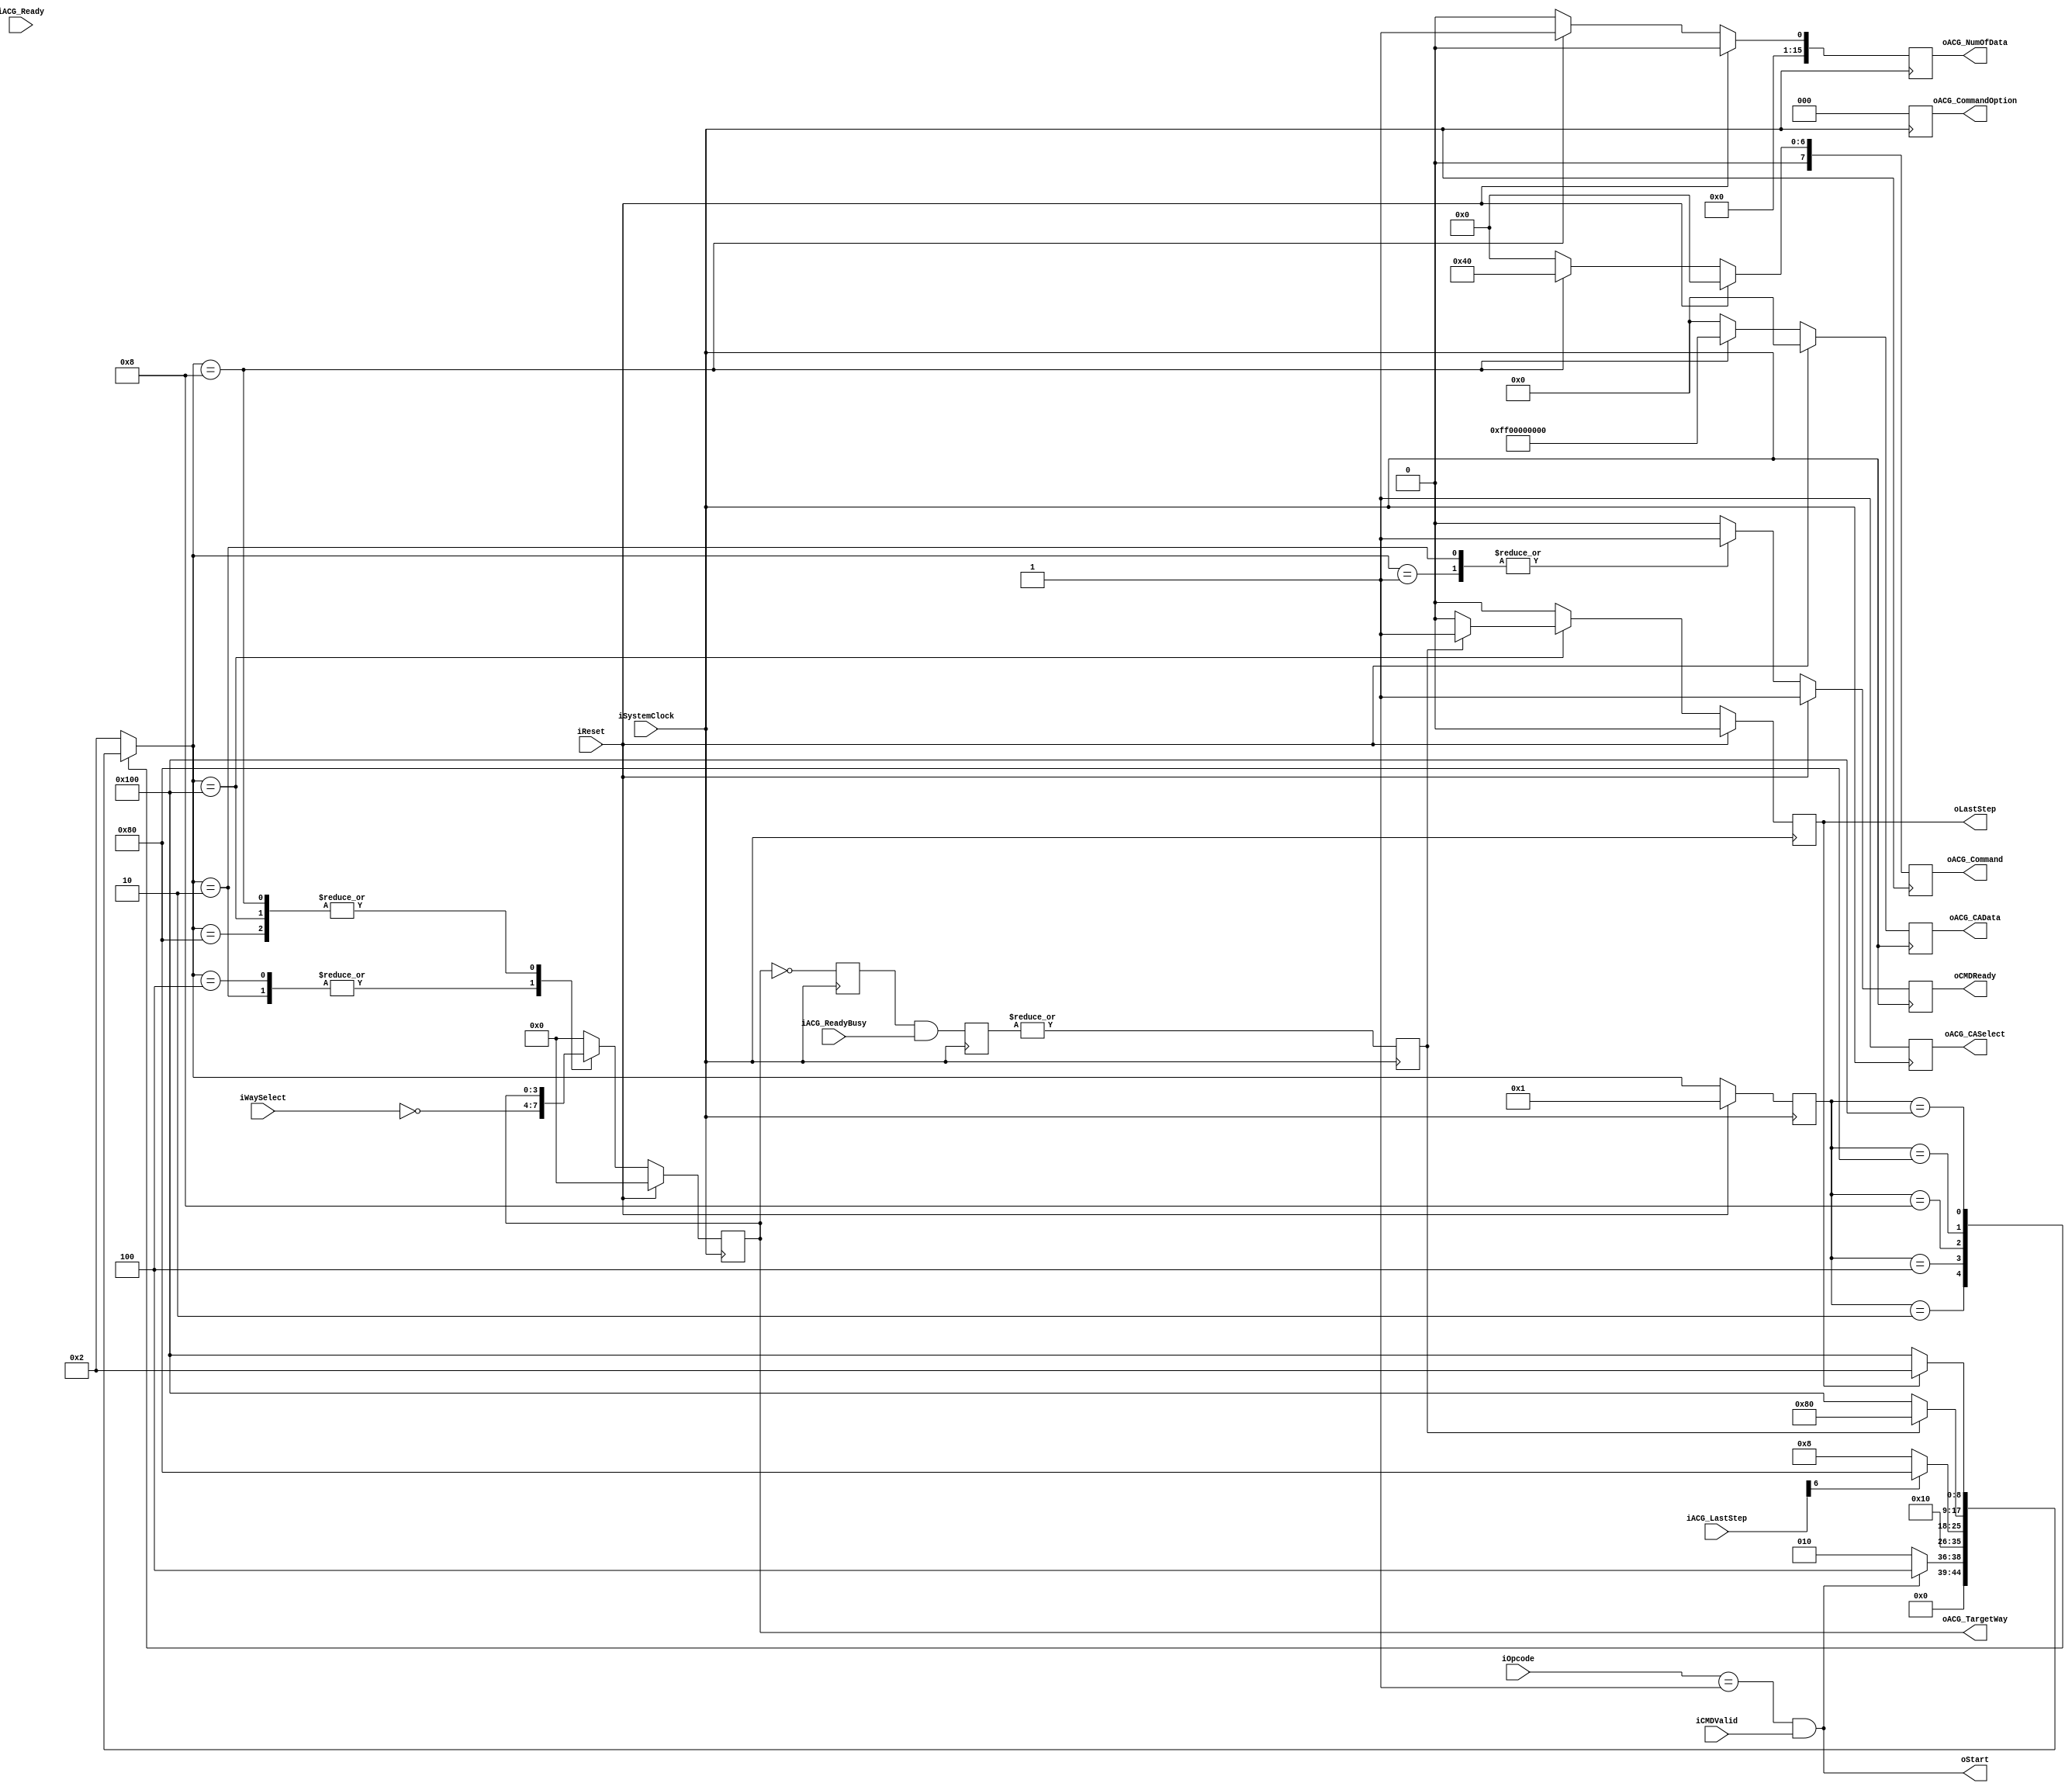
`timescale 1ns / 1ps

module NFC_Command_Reset
#
(
    parameter NumberOfWays    =   4,
    parameter CommandID       =   6'b000001,
    parameter TargetID        =   5'b00101
)
(
	iSystemClock             ,  
	iReset                   ,  

	iOpcode                  ,  
	// iTargetID                ,  
	// iSourceID                ,  
	// iAddress                 ,  
	// iLength                  ,  
	iCMDValid                ,  
	oCMDReady                ,  
    iWaySelect               ,

    oStart                   ,
    oLastStep                ,

	// iWriteData               ,  
	// iWriteLast               ,  
	// iWriteValid              ,  
	// oWriteReady              ,  

	// oReadData                ,  
	// oReadLast                ,  
	// oReadValid               ,  
	// iReadReady               , 

	// oReadyBusy               ,  

    oACG_Command          ,  
    oACG_CommandOption    ,  

    iACG_Ready            ,  
    iACG_LastStep         ,  
    oACG_TargetWay        ,  
    oACG_NumOfData        ,  

    oACG_CASelect         ,  
    oACG_CAData           ,  

    // oACG_WriteData        ,  
    // oACG_WriteLast        ,  
    // oACG_WriteValid       ,  
    // iACG_WriteReady       ,  

    // iACG_ReadData         ,  
    // iACG_ReadLast         ,  
    // iACG_ReadValid        ,  
    // oACG_ReadReady        ,  

    iACG_ReadyBusy        
);


    input                           iSystemClock         ;
    input                           iReset               ;
 
    input   [5:0]                   iOpcode              ;
    // input   [4:0]                   iTargetID            ;
    // input   [4:0]                   iSourceID            ;
    // input   [31:0]                  iAddress             ;
    // input   [15:0]                  iLength              ;
    input                           iCMDValid            ;
    output                          oCMDReady            ;

    input   [NumberOfWays - 1:0]    iWaySelect           ;
    output                          oStart               ;
    output                          oLastStep            ;

    // input   [31:0]                  iWriteData           ;
    // input                           iWriteLast           ;
    // input                           iWriteValid          ;
    // output                          oWriteReady          ;

    // output  [31:0]                  oReadData            ;
    // output                          oReadLast            ;
    // output                          oReadValid           ;
    // input                           iReadReady           ;

    // output  [NumberOfWays - 1:0]    oReadyBusy           ;


    output   [7:0]                   oACG_Command             ;
    output   [2:0]                   oACG_CommandOption       ;

    input    [7:0]                   iACG_Ready               ;
    input    [7:0]                   iACG_LastStep            ;
    output   [NumberOfWays - 1:0]    oACG_TargetWay           ;
    output   [15:0]                  oACG_NumOfData           ;

    output                           oACG_CASelect            ;
    output   [39:0]                  oACG_CAData              ;

    // output   [15:0]                  oACG_WriteData           ;
    // output                           oACG_WriteLast           ;
    // output                           oACG_WriteValid          ;
    // input                            iACG_WriteReady          ;
  
    // input    [15:0]                  iACG_ReadData            ;
    // input                            iACG_ReadLast            ;
    // input                            iACG_ReadValid           ;
    // output                           oACG_ReadReady           ;

    input    [NumberOfWays - 1:0]    iACG_ReadyBusy           ;

    // reg                           rStart             ;
    reg                           rLastStep          ;

    reg                           rCMDReady          ;  
    // reg  [NumberOfWays - 1:0]     rReadyBusy     

    reg   [7:0]                   rACG_Command       ;      
    reg   [2:0]                   rACG_CommandOption ;      
    reg   [NumberOfWays - 1:0]    rACG_TargetWay     ;      
    reg   [15:0]                  rACG_NumOfData     ;      
    reg                           rACG_CASelect      ;      
    reg   [39:0]                  rACG_CAData        ;   

    reg   [NumberOfWays - 1:0]    rACG_ReadyBusy     ;
    reg                           rWay_ReadyBusy     ;

    wire                          wLastStep          ;
    // FSM Parameters/Wires/Regs
    localparam rST_FSM_BIT    = 9;
    localparam rST_RESET      = 9'b00000_0001;
    localparam rST_READY      = 9'b00000_0010; //
    localparam rST_CMDLatch   = 9'b00000_0100; // 
    localparam rST_CMDIssue   = 9'b00000_1000; // 
    localparam rST_ADDRIssue  = 9'b00001_0000; // 
    localparam rST_DATAIssue  = 9'b00010_0000; // 
    localparam rST_CMD2Issue  = 9'b00100_0000; // 
    localparam rST_WaitRBLow  = 9'b01000_0000; // 
    localparam rST_WaitRBHigh = 9'b10000_0000; // 

    reg     [rST_FSM_BIT-1:0]       rST_cur_state          ;
    reg     [rST_FSM_BIT-1:0]       rST_nxt_state          ;


    assign wStart    = (iOpcode[5:0] == CommandID) & iCMDValid;
    
    assign wACGReady  = (iACG_Ready[6:0] == 7'b111_1111);
    
    assign wACAReady = wACGReady;
    assign wACAStart = wACAReady & rACG_Command[6];
    assign wACADone  = iACG_LastStep[6];

    assign wACSReady = wACGReady;
    assign wACSStart = wACSReady & rACG_Command[3];
    assign wACSDone  = iACG_LastStep[3];

    // update current state to next state
    always @ (posedge iSystemClock) begin
        if (iReset) begin
            rST_cur_state <= rST_RESET;
        end else begin
            rST_cur_state <= rST_nxt_state;
        end
    end
    
    // deside next state
    always @ ( * ) begin
        case (rST_cur_state)
            rST_RESET: begin
                rST_nxt_state <= rST_READY;
            end
            rST_READY: begin
                rST_nxt_state <= (wStart)? rST_CMDLatch : rST_READY;
            end
            rST_CMDLatch: begin
                rST_nxt_state <= rST_CMDIssue;
            end
            rST_CMDIssue: begin
                rST_nxt_state <= (wACADone) ? rST_WaitRBLow : rST_CMDIssue;
            end
            // rST_WaitLast: begin
            //     rST_nxt_state <= (wACADone) ? rST_WaitRBLow : rST_WaitLast; // 50ns
            // end
            rST_WaitRBLow: begin
                rST_nxt_state <= (rWay_ReadyBusy == 0) ? rST_WaitRBHigh : rST_WaitRBLow; // wait for Valid
            end
            rST_WaitRBHigh: begin
                rST_nxt_state <= (rLastStep == 1) ? rST_READY : rST_WaitRBHigh; // wait for Valid
            end
            default:
                rST_nxt_state <= rST_READY;
        endcase
    end

    // state behaviour
    always @ (posedge iSystemClock) begin
        if (iReset) begin
            rCMDReady          <= 1;
            rLastStep          <= 0;

            rACG_Command       <= 8'b0000_0000;
            rACG_CommandOption <= 3'b000;
            rACG_TargetWay     <= 8'h00;
            rACG_NumOfData     <= 16'h0000;
            rACG_CASelect      <= 1'b1;
            rACG_CAData        <= 40'h00_00_00_00_00;
        end else begin
            case (rST_nxt_state)
                rST_RESET: begin
                    rCMDReady          <= 1;
                    rLastStep          <= 0;

                    rACG_Command       <= 8'b0000_0000;
                    rACG_CommandOption <= 3'b000;
                    rACG_TargetWay     <= 8'h00;
                    rACG_NumOfData     <= 16'h0000;
                    rACG_CASelect      <= 1'b1;
                    rACG_CAData        <= 40'h00_00_00_00_00;
                end
                rST_READY: begin
                    rCMDReady          <= 1;
                    rLastStep          <= 0;

                    rACG_Command       <= 8'b0000_0000;
                    rACG_CommandOption <= 3'b000;
                    rACG_TargetWay     <= ~iWaySelect;
                    rACG_NumOfData     <= 16'h0000;
                    rACG_CASelect      <= 1'b1;
                    rACG_CAData        <= 40'h00_00_00_00_00;
                end
                rST_CMDLatch: begin
                    rCMDReady          <= 0;
                    rLastStep          <= 0;
                    // rAddress           <= iAddress ;
                    // rLength            <= iLength  ;
                    // rTargetID          <= iTargetID;

                    rACG_Command       <= 8'b0000_0000;
                    rACG_CommandOption <= 3'b000;
                    rACG_TargetWay     <= ~iWaySelect;
                    rACG_NumOfData     <= 16'h0000;
                    rACG_CASelect      <= 1'b1;
                    rACG_CAData        <= 40'h00_00_00_00_00;
                end
                rST_CMDIssue: begin
                    rCMDReady          <= 0;
                    rLastStep          <= 0;

                    rACG_Command       <= 8'b0100_0000;
                    rACG_CommandOption <= 3'b000;
                    rACG_TargetWay     <= rACG_TargetWay;
                    rACG_NumOfData     <= 16'h0001;
                    rACG_CASelect      <= 1'b1;
                    rACG_CAData        <= 40'hff_00_00_00_00; // RESET FFh
                end
                // rST_WaitLast: begin
                //     rCMDReady          <= 0;
                //     rLastStep          <= 0;
                    
                //     rACG_Command       <= rACG_Command;
                //     rACG_CommandOption <= 3'b000;
                //     rACG_TargetWay     <= rACG_TargetWay;
                //     rACG_NumOfData     <= rACG_NumOfData;
                //     rACG_CASelect      <= rACG_CASelect;
                //     rACG_CAData        <= rACG_CAData; // RESET FFh
                // end
                rST_WaitRBLow : begin
                    rCMDReady          <= 0;
                    rLastStep          <= 0;

                    rACG_Command       <= 8'b0000_0000;
                    rACG_CommandOption <= 3'b000;
                    rACG_TargetWay     <= rACG_TargetWay;
                    rACG_NumOfData     <= 16'h0000;
                    rACG_CASelect      <= 1'b1;
                    rACG_CAData        <= 40'h00_00_00_00_00;
                end
                rST_WaitRBHigh : begin
                    rCMDReady          <= 0;
                    rLastStep          <= rWay_ReadyBusy ? 1 : 0;

                    rACG_Command       <= 8'b0000_0000;
                    rACG_CommandOption <= 3'b000;
                    rACG_TargetWay     <= rACG_TargetWay;
                    rACG_NumOfData     <= 16'h0000;
                    rACG_CASelect      <= 1'b1;
                    rACG_CAData        <= 40'h00_00_00_00_00;
                end
                default: begin
                    rCMDReady          <= 0;
                    rLastStep          <= 0;

                    rACG_Command       <= 8'b0000_0000;
                    rACG_CommandOption <= 3'b000;
                    rACG_TargetWay     <= 8'h00;
                    rACG_NumOfData     <= 16'h0000;
                    rACG_CASelect      <= 1'b1;
                    rACG_CAData        <= 40'h00_00_00_00_00;
                end
            endcase
        end
    end

    reg   [NumberOfWays - 1:0]    rACG_TargetWay_m1;
    always @ (posedge iSystemClock) begin
        rACG_TargetWay_m1 <= (~rACG_TargetWay);
        rACG_ReadyBusy <= rACG_TargetWay_m1 & iACG_ReadyBusy;
        rWay_ReadyBusy <= | rACG_ReadyBusy;
    end


    assign oStart             = wStart             ;
    assign oLastStep          = rLastStep          ;

    assign oCMDReady          = rCMDReady          ;
    assign oACG_Command       = rACG_Command       ;
    assign oACG_CommandOption = rACG_CommandOption ;
    assign oACG_TargetWay     = rACG_TargetWay     ;
    assign oACG_NumOfData     = rACG_NumOfData     ;
    assign oACG_CASelect      = rACG_CASelect      ;
    assign oACG_CAData        = rACG_CAData        ;

endmodule